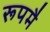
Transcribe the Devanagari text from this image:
रूपमै